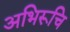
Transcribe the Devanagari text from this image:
अभिरूचि